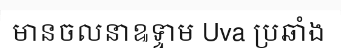
មានចលនាឩទ្ទាម Uva ប្រឆាំង